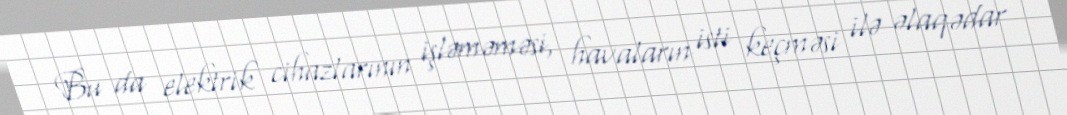
Bu da elektrik cihazlarının işləməməsi, havaların isti keçməsi ilə əlaqədar